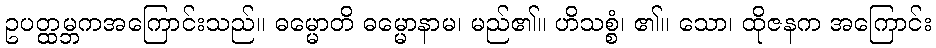
ဥပတ္ထမ္ဘကအကြောင်းသည်။ ဓမ္မောတိ ဓမ္မောနာမ၊ မည်၏။ ဟိသစ္စံ၊ ၏။ သော၊ ထိုဇနက အကြောင်း